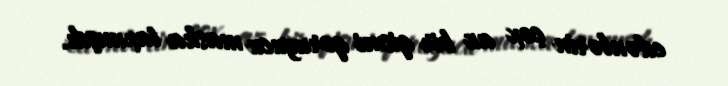
edənlərin çox az bir qismi qoruyucu maska taxmışdı.